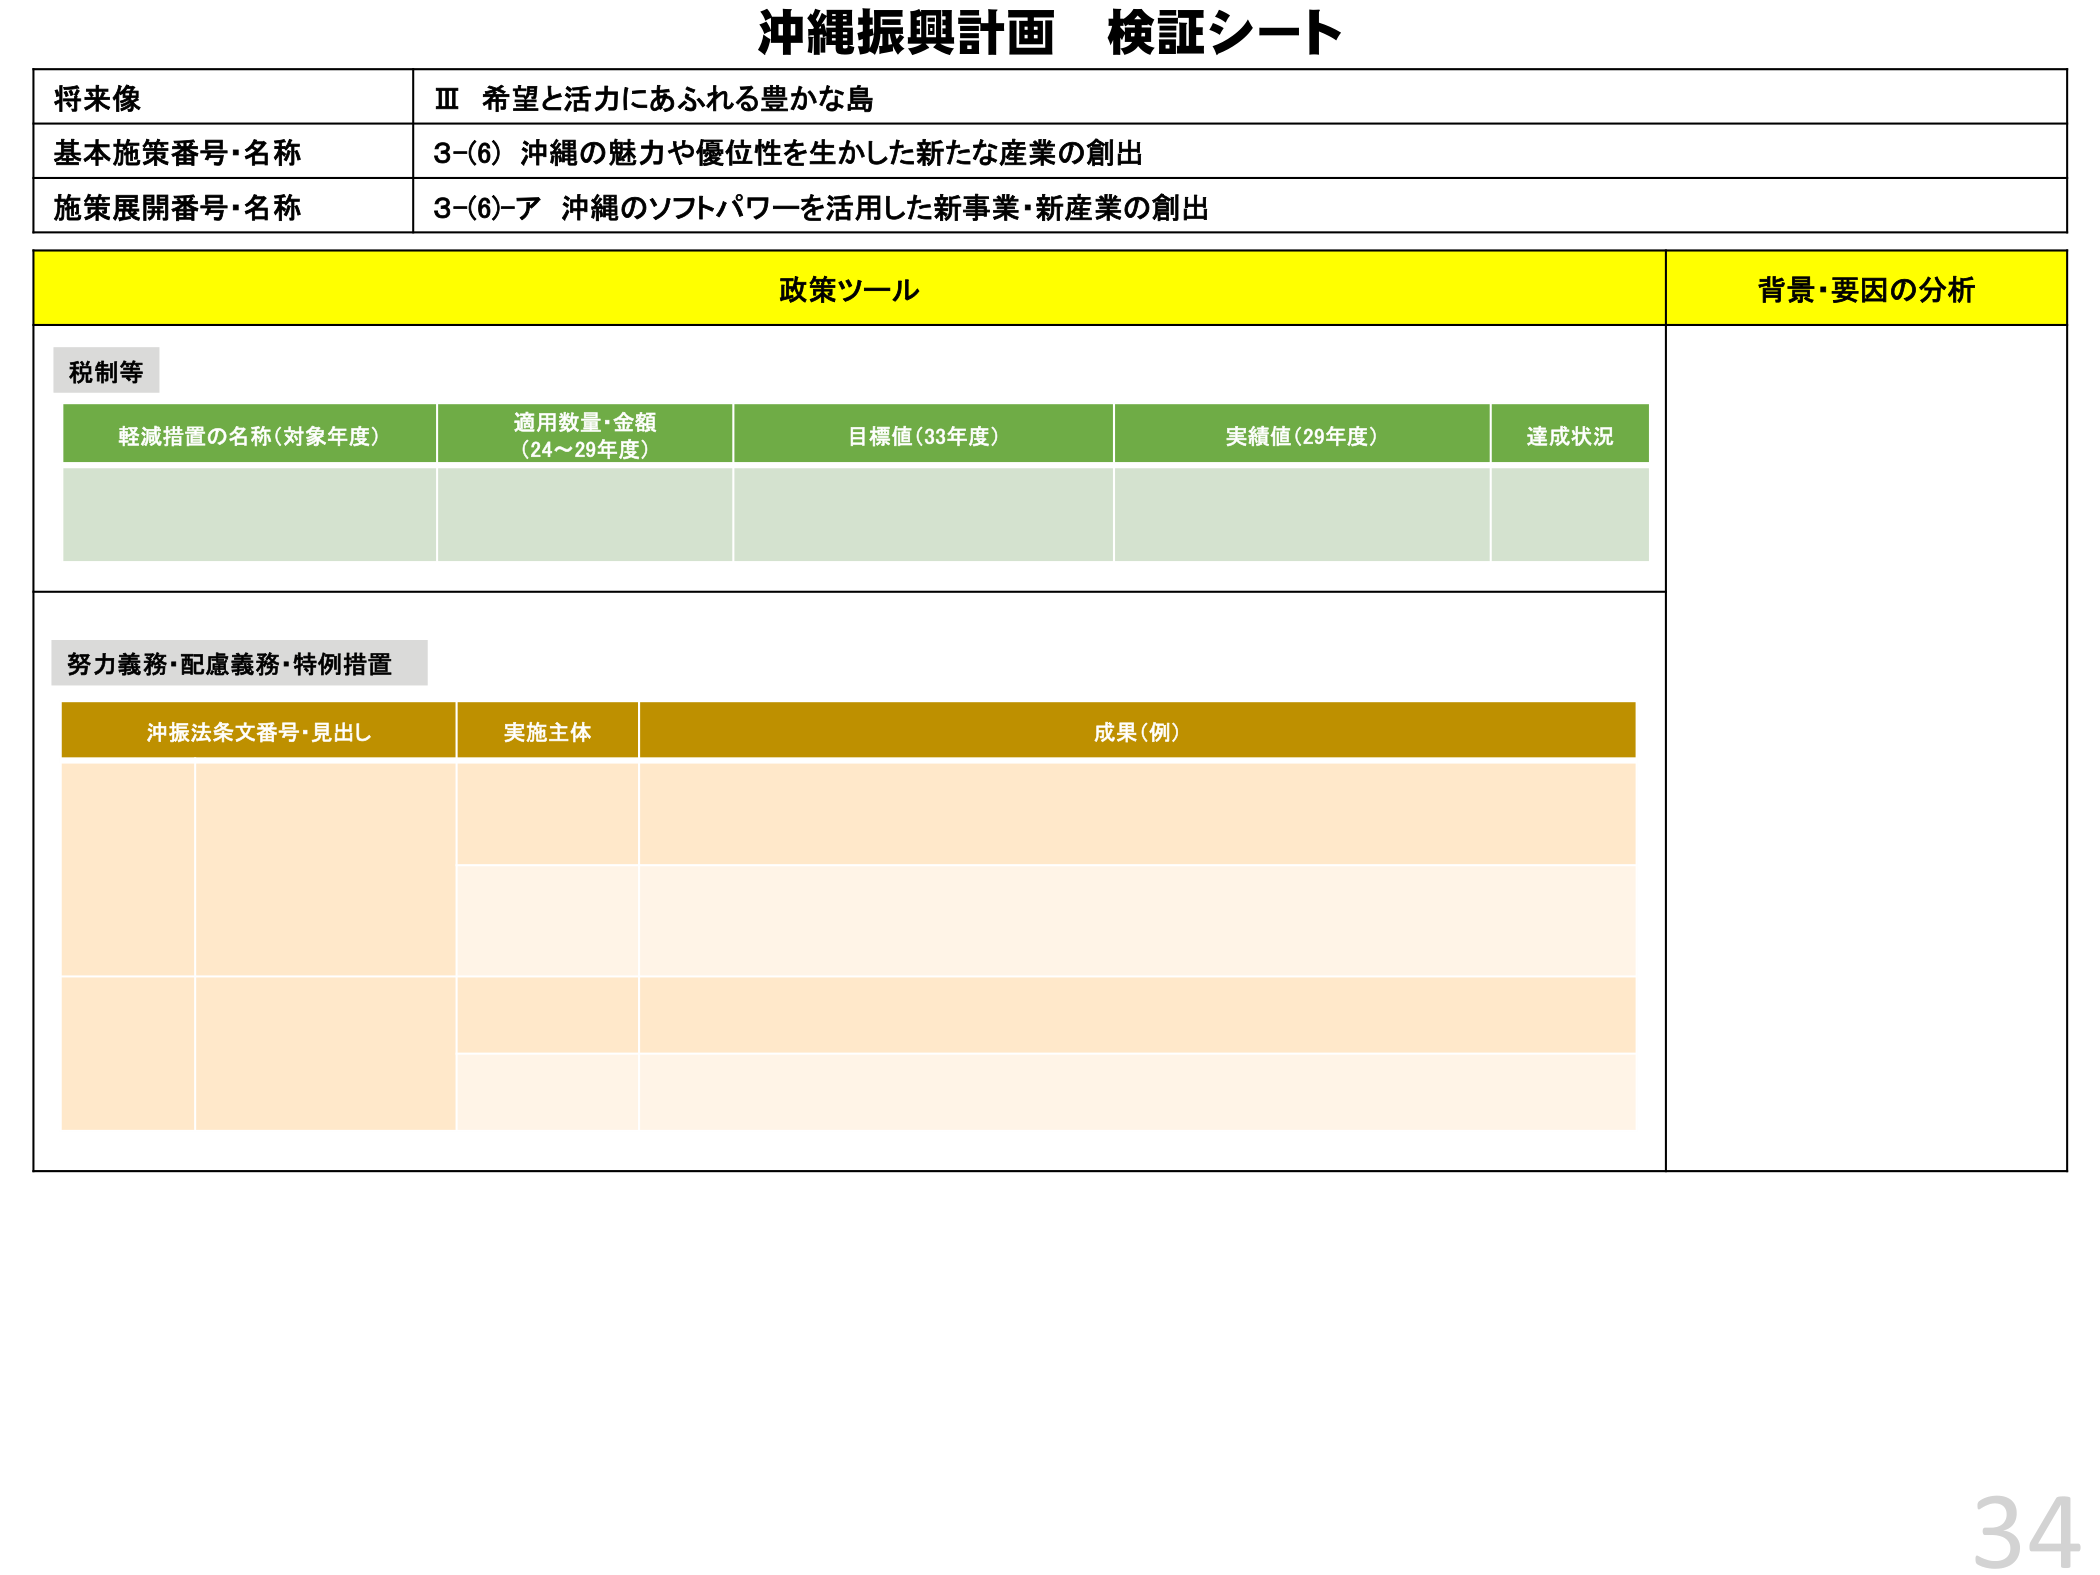
沖縄振興計画 検証シート

将来像
Ⅲ 希望と活力にあふれる豊かな島

基本施策番号・名称
3-(6) 沖縄の魅力や優位性を生かした新たな産業の創出

施策展開番号・名称
3-(6)-ア 沖縄のソフトパワーを活用した新事業・新産業の創出

政策ツール
背景・要因の分析

税制等
軽減措置の名称（対象年度）
適用数量・金額（24～29年度）
目標値（33年度）
実績値（29年度）
達成状況

努力義務・配慮義務・特例措置
沖振法条文番号・見出し
実施主体
成果（例）

34